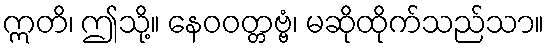
ဣတိ၊ ဤသို့။ နေဝဝတ္တဗ္ဗံ၊ မဆိုထိုက်သည်သာ။